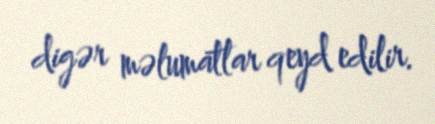
digər məlumatlar qeyd edilir.